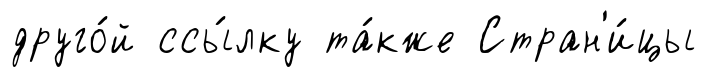
друго́й ссы́лку та́кже Стран'и́цы